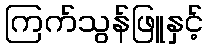
ကြက်သွန်ဖြူနှင့်